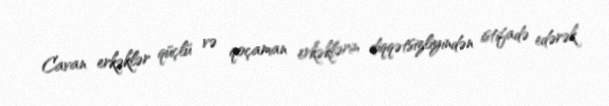
Cavan erkəklər qüçlü və qoçaman erkəklərin diqqətsizliyindən istifadə edərək